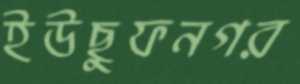
ইউছুফনগর